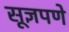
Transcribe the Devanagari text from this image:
सूज्ञपणे